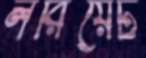
লরিয়েট